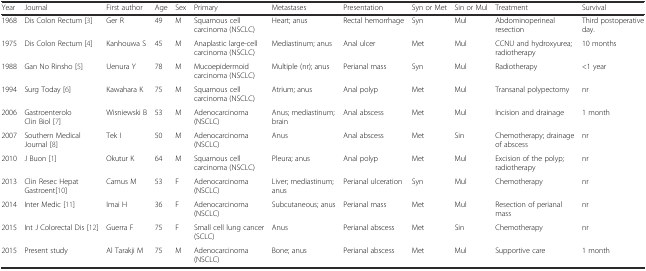
| Year | Journal | First author | Age | Sex | Primary | Metastases | Presentation | Syn or Met | Sin or Mul | Treatment | Survival |
 | --- | --- | --- | --- | --- | --- | --- | --- | --- | --- | --- | --- |
 | 1968 | Dis Colon Rectum [3] | Ger R | 49 | M | Squamous cell carcinoma (NSCLC) | Heart; anus | Rectal hemorrhage | Syn | Mul | Abdominoperineal resection | Third postoperative day. |
 | 1975 | Dis Colon Rectum [4] | Kanhouwa S | 45 | M | Anaplastic large-cell carcinoma (NSCLC) | Mediastinum; anus | Anal ulcer | Met | Mul | CCNU and hydroxyurea; radiotherapy | 10 months |
 | 1988 | Gan No Rinsho [5] | Uenura Y | 78 | M | Mucoepidermoid carcinoma (NSCLC) | Multiple (nr); anus | Perianal mass | Syn | Mul | Radiotherapy | <1 year |
 | 1994 | Surg Today [6] | Kawahara K | 75 | M | Squamous cell carcinoma (NSCLC) | Atrium; anus | Anal polyp | Met | Mul | Transanal polypectomy | nr |
 | 2006 | Gastroenterolo Clin Biol [7] | Wisniewski B | 53 | M | Adenocarcinoma (NSCLC) | Anus; mediastinum; brain | Anal abscess | Met | Mul | Incision and drainage | 1 month |
 | 2007 | Southern Medical Journal [8] | Tek I | 50 | M | Adenocarcinoma (NSCLC) | Anus | Anal abscess | Met | Sin | Chemotherapy; drainage of abscess | nr |
 | 2010 | J Buon [1] | Okutur K | 64 | M | Squamous cell carcinoma (NSCLC) | Pleura; anus | Anal polyp | Met | Mul | Excision of the polyp; radiotherapy | nr |
 | 2013 | Clin Resec Hepat Gastroent[10] | Camus M | 53 | F | Adenocarcinoma (NSCLC) | Liver; mediastinum; anus | Perianal ulceration | Syn | Mul | Chemotherapy | nr |
 | 2014 | Inter Medic [11] | Imai H | 36 | F | Adenocarcinoma (NSCLC) | Subcutaneous; anus | Perianal mass | Met | Mul | Resection of perianal mass | nr |
 | 2015 | Int J Colorectal Dis [12] | Guerra F | 75 | F | Small cell lung cancer (SCLC) | Anus | Perianal abscess | Met | Sin | Chemotherapy | nr |
 | 2015 | Present study | Al Tarakji M | 75 | M | Adenocarcinoma (NSCLC) | Bone; anus | Perianal abscess | Met | Mul | Supportive care | 1 month |